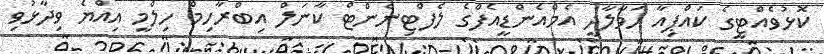
ކޮޅުވެއްޓީގެ ކައްޕިއާ ހަވާލާދީ އެމްއެންޑީއެފްގެ ލެފްޓިނެންޓް ކާނަލް އިބްރާހިމް ހިލްމީ އިއްޔެ ވިދާޅުވި